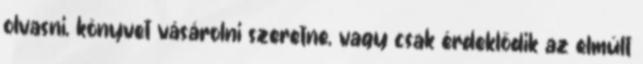
olvasni, könyvet vásárolni szeretne, vagy csak érdeklődik az elmúlt